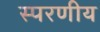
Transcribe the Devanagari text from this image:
स्परणीय